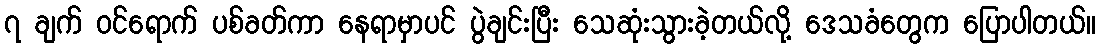
၇ ချက် ဝင်ရောက် ပစ်ခတ်ကာ နေရာမှာပင် ပွဲချင်းပြီး သေဆုံးသွားခဲ့တယ်လို့ ဒေသခံတွေက ပြောပါတယ်။